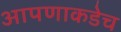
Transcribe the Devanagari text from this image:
आपणाकडेच